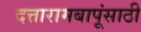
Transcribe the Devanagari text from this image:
दत्तारामबापूंसाठी